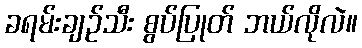
ခရမ်းချဉ်သီး စွပ်ပြုတ် ဘယ်လိုလဲ။